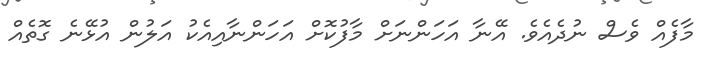
މާފެއް ވެސް ނުދެއެވެ. އޭނާ އަހަންނަށް މާފުކޮށް އަހަންނާއިއެކު އަލުން އުޅޭނެ ގޮތެއް